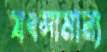
যৎসামান্য